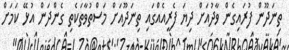
ތިނަދޫން ފުރައިގެން ވާދުއަށް ދިޔަ ފެރީއެއްގައި ތިނަދޫއަށް މަސްތުވާތަކެތި ގެންދަން އުޅޭ ކަމަށް